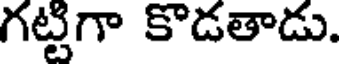
గట్టిగా కొడతాడు.